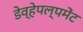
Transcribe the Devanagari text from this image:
डेव्हेपल्पमेंट